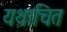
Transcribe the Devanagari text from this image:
यथाचित